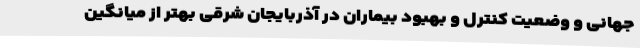
جهانی و وضعیت کنترل و بهبود بیماران در آذربایجان شرقی بهتر از میانگین